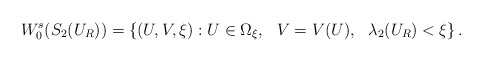
\begin{align*}W_{0}^{s}(S_2(U_R))=\{(U,V,\xi): U\in\Omega_{\xi}, \ \ V=V(U), \ \ \lambda_2(U_R)<\xi\}\,.\end{align*}